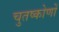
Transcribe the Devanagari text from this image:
चुतष्कोणों